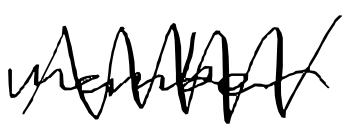
Text: member
Cross-out: zig-zag
Writing tool: digital_black